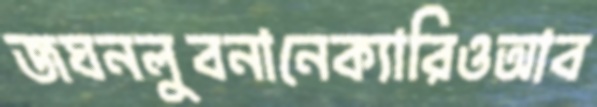
জঘনলুবনানেক্যারিওআব